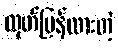
ထုတ်ပြန်ထားတဲ့